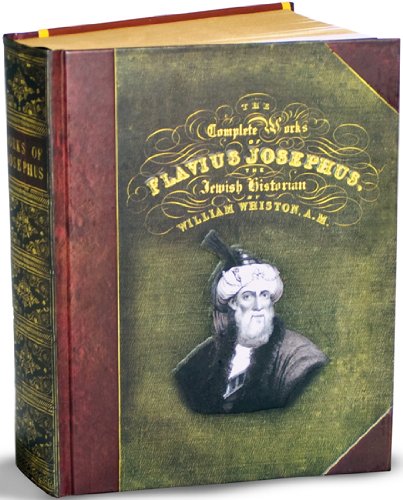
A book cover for The Complete Works of Flavius Josephus; translation by William Whiston; History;